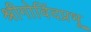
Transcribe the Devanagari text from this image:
श्रीगोविंदप्रभू